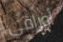
أوراقي